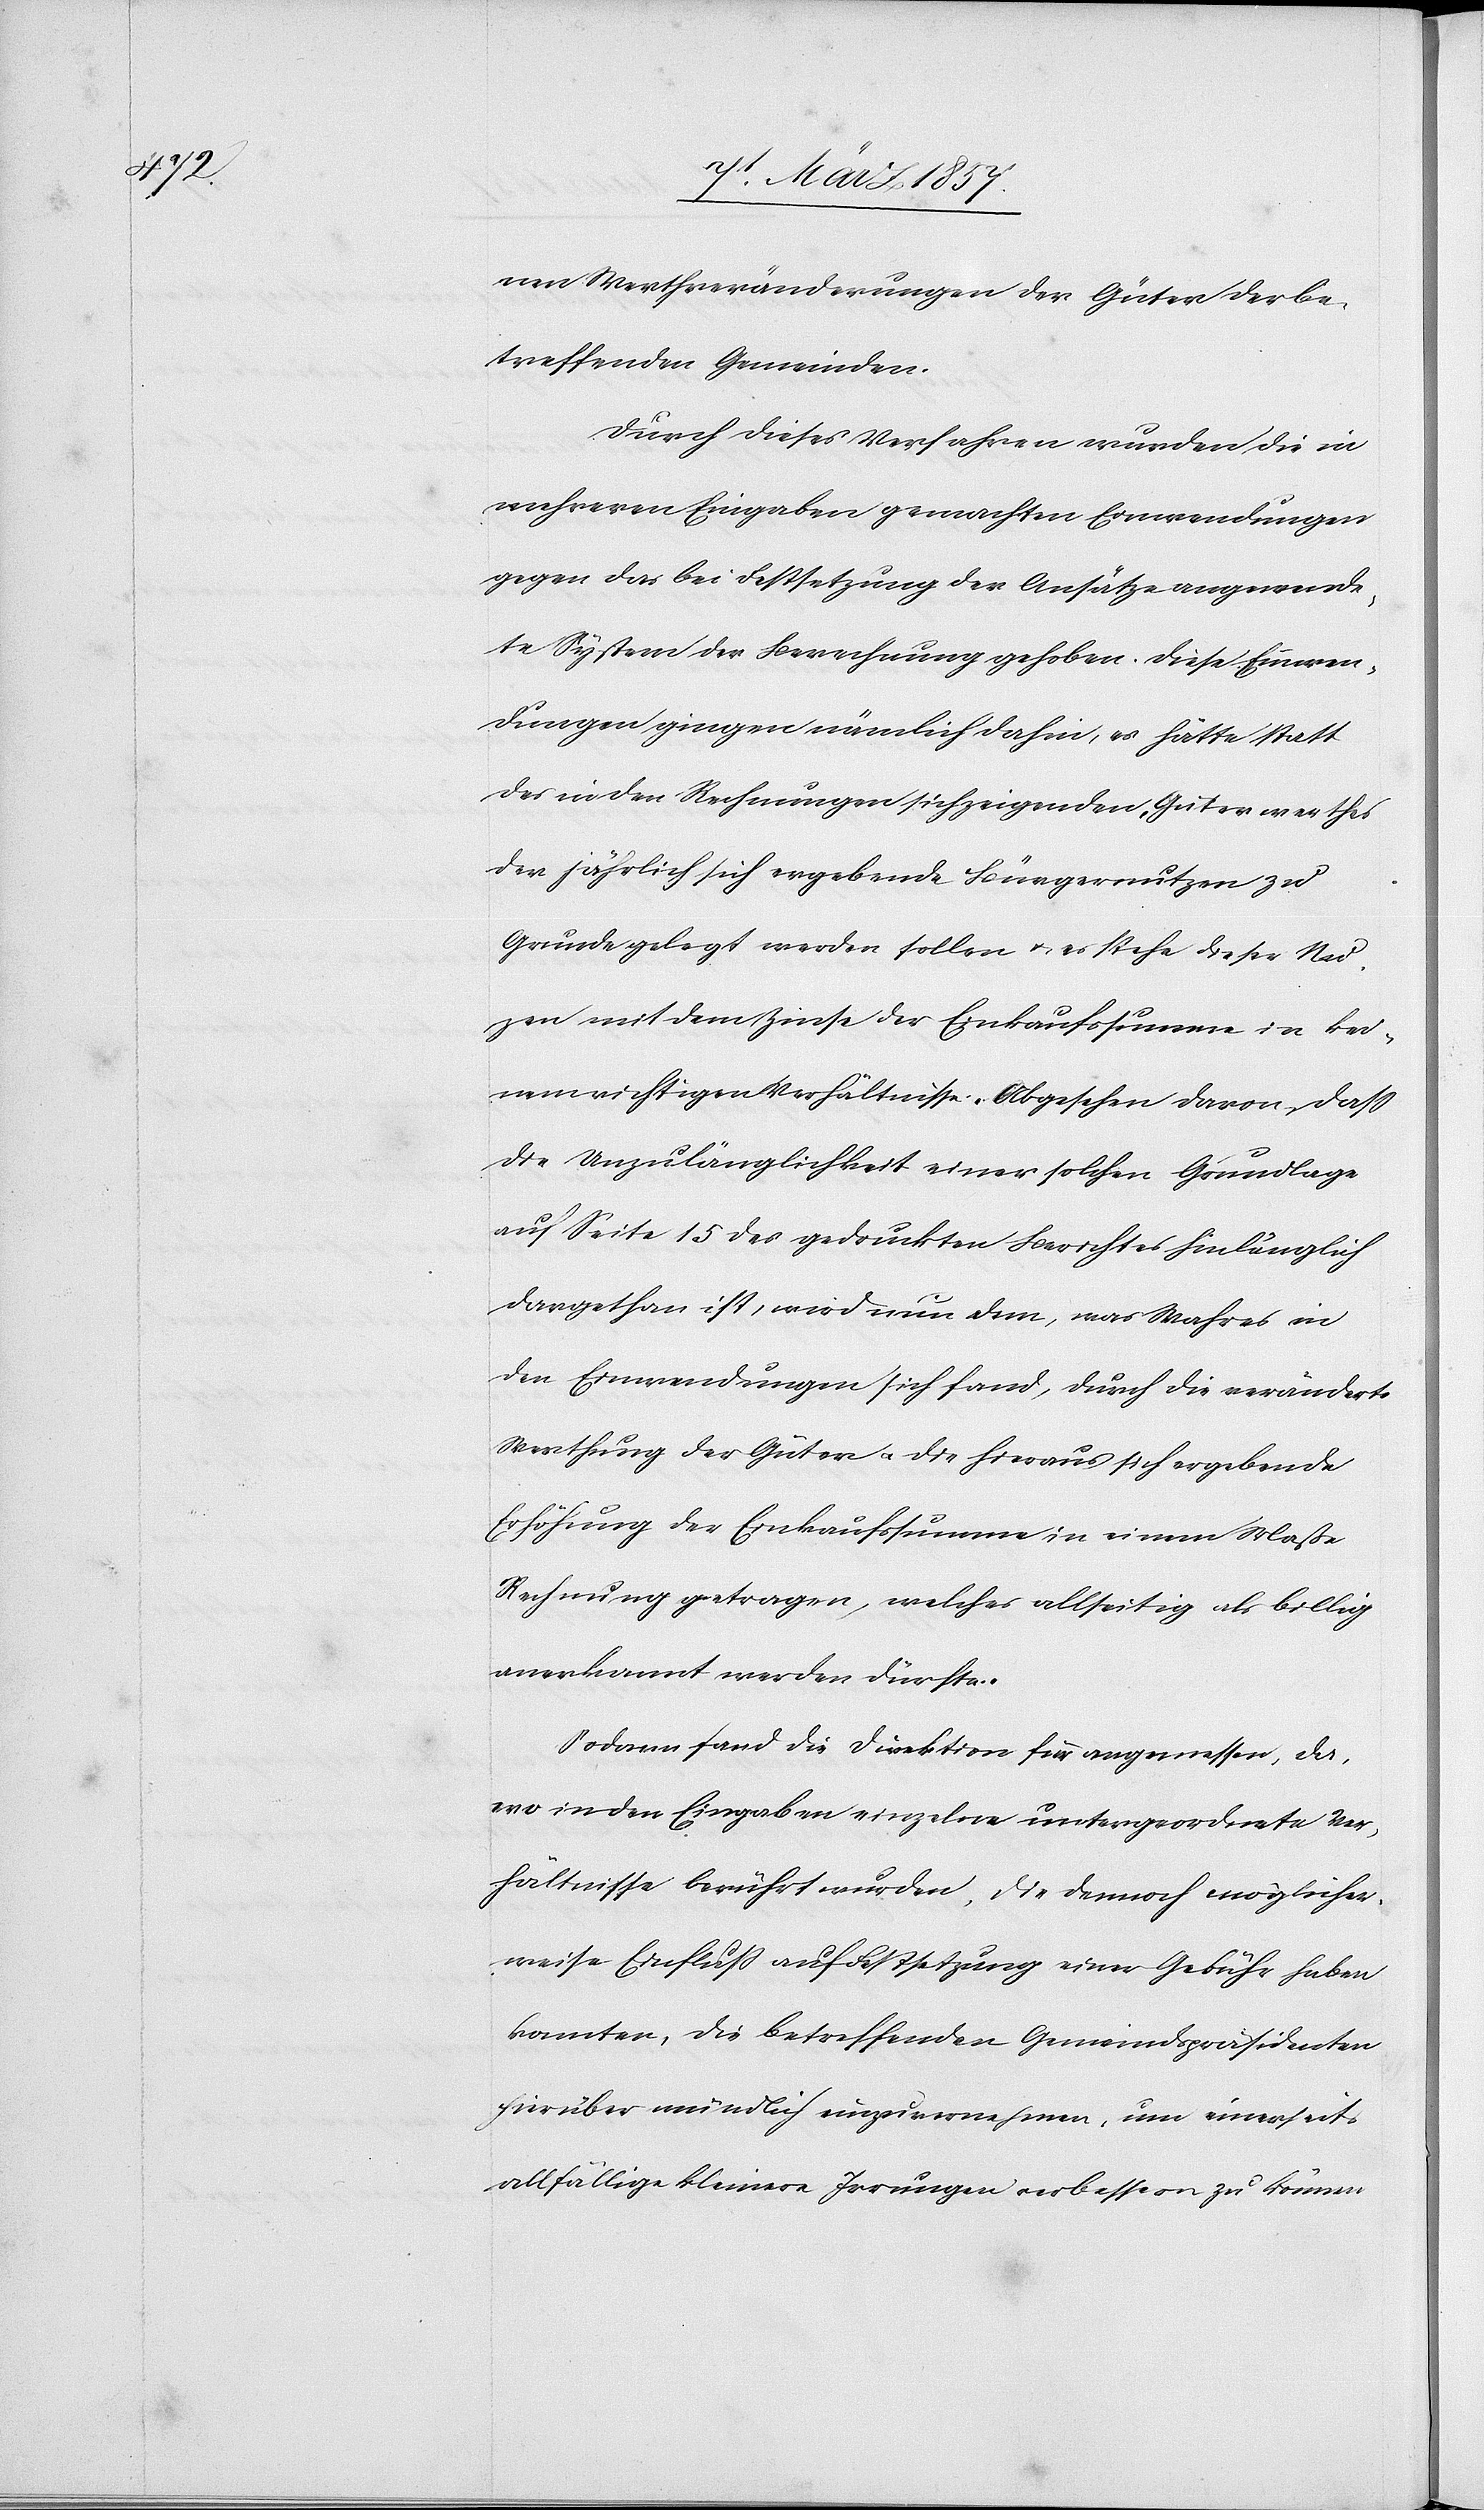
nen Werthveränderungen der Güter der be¬
treffenden Gemeinden.
Durch dieses Verfahren wurden die in
mehreren Eingaben gemachten Einwendungen
gegen das bei Festsetzung der Ansätze angewende¬
te System der Berechnung gehoben. Diese Einwen¬
dungen gingen nämlich dahin, es hätte statt
des in den Rechnungen sich zeigenden Güterwerthes
der jährlich sich ergebende Bürgernutzen zu
Grunde gelegt werden sollen u. es stehe dieser Nu¬
zen mit dem Zinse der Einkaufssumme in kei¬
nem richtigen Verhältnisse. Abgesehen davon dass
die Unzulänglichkeit einer solchen Grundlage
auf Seite 156 des gedruckten Berichtes hinlänglich
dargethan ist, wird nun dem, was Wahres in
den Einwendungen sich fand, durch die veränderte
Werthung der Güter u. die hieraus sich ergebende
Erhöhung der Einkaufssumme in einem Maße
Rechnung getragen, welches allseitig als billig
anerkannt werden dürfte.
Sodann fand die Direktion für angemessen, da,
wo in den Eingaben einzelne untergeordnete Ver¬
hältnisse berührt wurden, die dennoch möglicher¬
weise Einfluss auf Festsetzung einer Gebühr haben
konnten, die betreffenden Gemeindspräsidenten
hierüber mündlich einzuvernehmen, um einerseits
allfällige kleinere Irrungen verbessern zu können